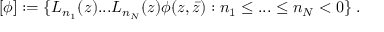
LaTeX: \lbrack \phi ] : = \{ L _ { n _ { 1 } } ( z ) . . . L _ { n _ { N } } ( z ) \phi ( z , \bar { z } ) : n _ { 1 } \leq . . . \leq n _ { N } < 0 \} \; .